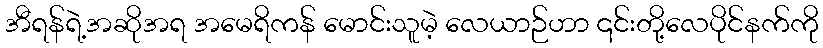
အီရန်ရဲ့အဆိုအရ အမေရိကန် မောင်းသူမဲ့ လေယာဉ်ဟာ ၎င်းတို့လေပိုင်နက်ကို